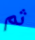
ثم